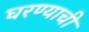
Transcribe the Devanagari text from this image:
घरण्याची